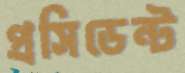
প্রসিডেন্ট